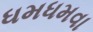
ધમધમવા